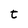
Character: t